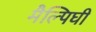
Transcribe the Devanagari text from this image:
मैल्पिघी